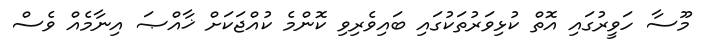
މޫސާ ހަވީރުގައި އޮތް ކުޅިވަރުތަކުގައި ބައިވެރިވި ކޮންމެ ކުއްޖަކަށް ޚާއްޞަ އިނާމެއް ވެސް